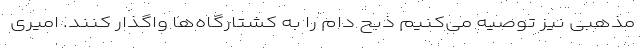
مذهبی نیز توصیه می‌کنیم ذبح دام را به کشتارگاه‌ها واگذار کنند. امیری